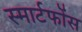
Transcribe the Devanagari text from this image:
स्मार्टफोंस